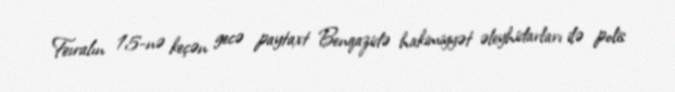
Fevralın 15-nə keçən gecə paytaxt Benqazidə hakimiyyət əleyhidarları ilə polis